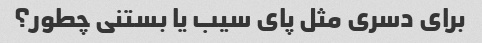
برای دسری مثل پای سیب یا بستنی چطور؟